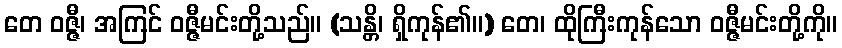
တေ ဝဇ္ဇီ၊ အကြင် ဝဇ္ဇီမင်းတို့သည်။ (သန္တိ၊ ရှိကုန်၏။) တေ၊ ထိုကြီးကုန်သော ဝဇ္ဇီမင်းတို့ကို။